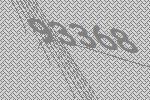
93368